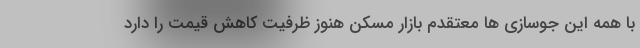
با همه این جوسازی ها معتقدم بازار مسکن هنوز ظرفیت کاهش قیمت را دارد